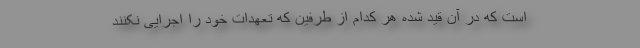
است که در آن قید شده هر کدام از طرفین که تعهدات خود را اجرایی نکنند